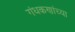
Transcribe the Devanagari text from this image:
गंधकणांच्या